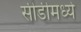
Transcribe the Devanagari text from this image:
सीडीमध्ये